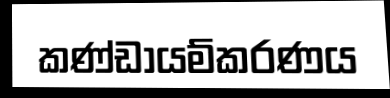
කණ්ඩායම්කරණය